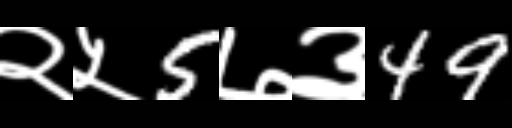
Text: २५5७३49